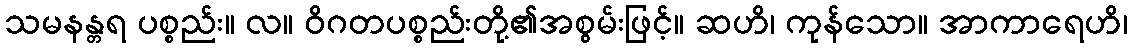
သမနန္တရ ပစ္စည်း။ လ။ ဝိဂတပစ္စည်းတို့၏အစွမ်းဖြင့်။ ဆဟိ၊ ကုန်သော။ အာကာရေဟိ၊